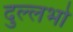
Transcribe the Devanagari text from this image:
दुल्लभो